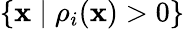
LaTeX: \{ \mathbf{x}\mid\rho_{i}(\mathbf{x})>0\}